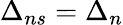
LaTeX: \Delta_{ns}=\Delta_{n}